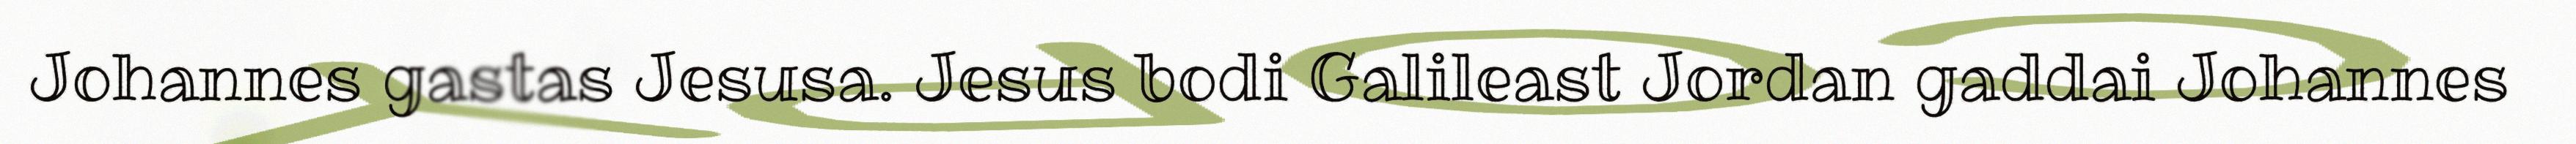
Johannes gastas Jesusa. Jesus bodi Galileast Jordan gaddai Johannes